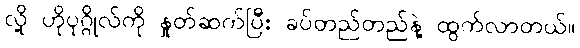
လို့ ဟိုပုဂ္ဂိုလ်ကို နှုတ်ဆက်ပြီး ခပ်တည်တည်နဲ့ ထွက်လာတယ်။